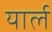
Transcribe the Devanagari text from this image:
यार्ल